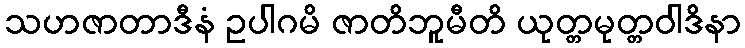
သဟဇာတာဒီနံ ဥပါဂမိ ဇာတိဘူမီတိ ယုတ္တမုတ္တဝါဒိနာ